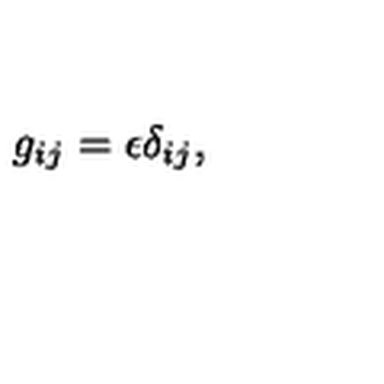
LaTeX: g _ { i j } = \epsilon \delta _ { i j } ,